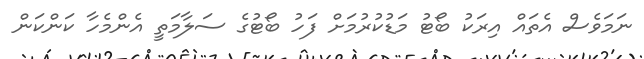
ނަމަވެސް އެތައް އިރަކު ބޯޓު މަޑުކުރުމަށް ފަހު ބޯޓުގެ ސަލާމަތީ އެންމެހާ ކަންކަން